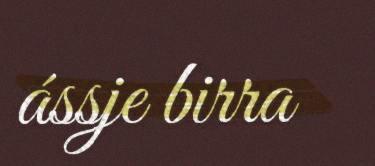
ássje birra